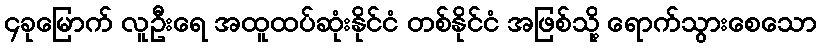
၄ခုမြောက် လူဦးရေ အထူထပ်ဆုံးနိုင်ငံ တစ်နိုင်ငံ အဖြစ်သို့ ရောက်သွားစေသော